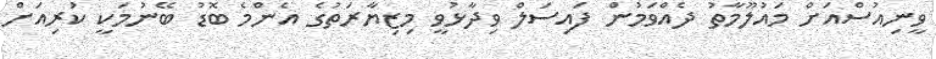
ވީނިއުސްއަށް މައުލޫމާތު ދެއްވަމުން ފައިސަލް ވިދާޅުވީ މިޒިޔާރަތުގެ އެންމެ ބޮޑު ބޭނުމަކީ ކުރިއަށް